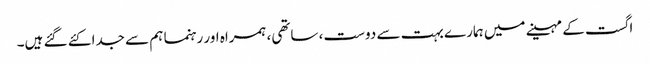
اگست کے مہینے میں ہمارے بہت سے دوست، ساتھی، ہمراہ اور رہنما ہم سے جدا کئے گئے ہیں۔